Civil Veterinary Dept. Bombay admin report 1923-31 - 1923-1931
Year: 1923
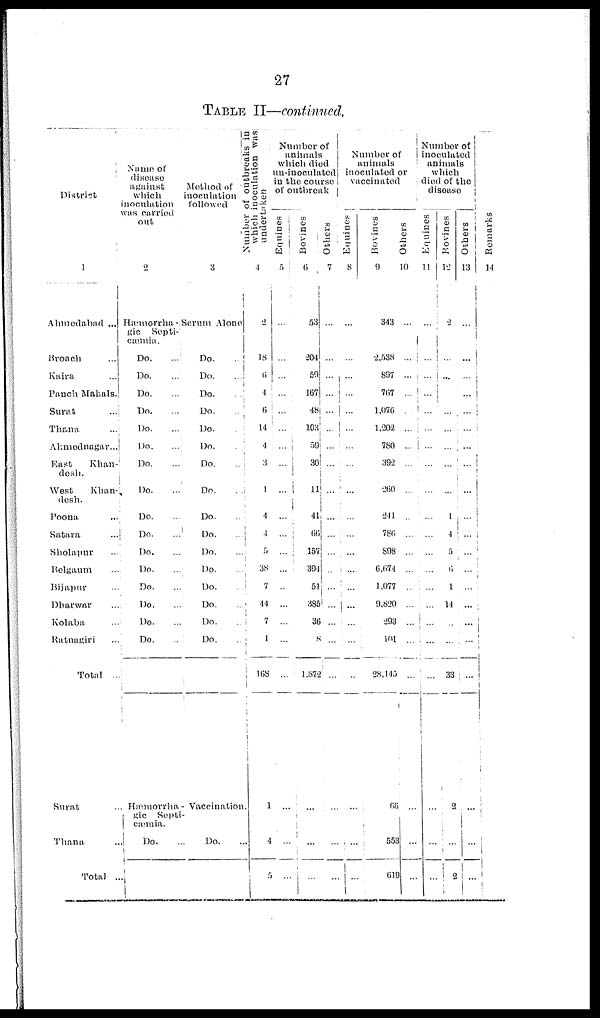
27
TABLE II—continued.
District
1
Ahmedabad ...
Broach ...
Kaira ...
Panch Mahals.
Surat ...
Thana ...
Ahmednagar..
East
Khan-
desh.
West
Khan-
desh.
Poona ...
Satara ...
Sholapur ...
Belgaum ...
Bijapur ...
Dharwar ...
Kolaba ...
Ratnagiri ...
Total ...
Surat ...
Thana ...
Total...
Name of
disease
against
which
inoculation
was carried
out
2
Hæmorrha-
gic Septi-
cæmia.
Do. ...
Do. ...
Do. ...
Do. ...
Do. ...
Do. ...
Do. ...
Do. ...
Do. ...
Do. ...
Do. ...
Do. ...
Do. ...
Do. ...
Do. ...
Do. ...
Hæmorrha-
gic Septi-
cæmia.
Do. ...
Method of
inoculation
followed
3
Serum Alone
Do. ...
Do. ...
Do. ...
Do. ...
Do. ...
Do. ...
Do. ...
Do. ...
Do. ...
Do.
Do. ...
Do. ...
Do. ...
Do. ...
Do. ...
Do. ...
Vaccination.
-
Do. ...
Number of outbreaks in
which inoculation was
undertaken
4
2
18
6
4
6
14
4
3
1
4
4 5
38
7
44
7
1
168
1
4
5
Number of
animals
which died
n-inoculated
n the course
of outbreak
Equines
5
...
...
...
...
...
...
...
...
...
...
...
...
...
...
...
...
...
...
...
...
...
Bovines
6
53
204
59
167
48
103
59
30
11
41
66
156
394
51
385
36
8
1,872
...
...
...
Others
7
...
...
...
...
...
...
...
...
...
...
...
...
...
...
...
...
...
...
...
-
...
Number of
animals
inoculated or
vaccinated
Equines
8
...
...
...
...
...
...
...
...
...
...
...
...
...
...
...
...
...
...
...
...
...
Bovines
9
343
2,538
897
767
1,076
1,202
780
392
260
241
786
898
6,674
1,077
9,820
293
101
28,145
66
553
619
Others
0
...
...
...
...
...
...
...
...
...
...
...
...
...
...
...
...
... ...
...
...
...
...
Number of
inoculated
animals
which
died of the
disease
Equines
11
...
...
...
...
...
...
...
...
...
...
...
...
...
...
...
...
...
...
...
...
...
Bovines
12
2
...
...
...
...
...
...
...
...
1
4
5
6
1
14
...
...
33
2
...
2
Others
13
...
...
...
...
...
...
...
...
...
...
...
...
...
...
...
...
...
...
...
...
...
Remarks
14